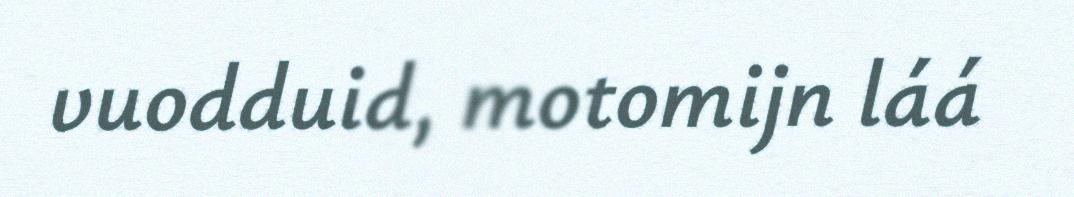
vuodduid, motomijn láá